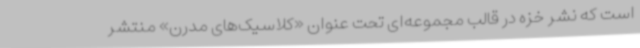
است که نشر خزه در قالب مجموعه‌ای تحت عنوان «کلاسیک‌های مدرن» منتشر